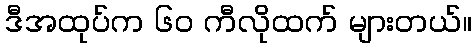
ဒီအထုပ်က ၆၀ ကီလိုထက် များတယ်။